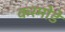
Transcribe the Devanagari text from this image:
करमोडे